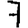
Digit: 7